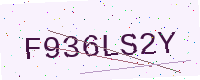
Text: F936LS2Y